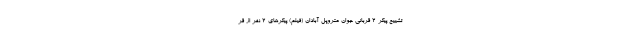
تشییع پیکر ۲ قربانی جوان متروپل آبادان (فیلم) پیکرهای ۲ نفر از قر